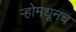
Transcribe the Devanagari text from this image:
र्‍होमधूनच